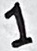
Text: 1